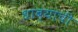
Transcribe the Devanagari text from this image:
धाब्याची